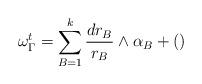
LaTeX: \begin{align*}\omega_\Gamma^t = \sum_{B=1}^k \frac{dr_B}{r_B} \wedge \alpha_B +()\end{align*}